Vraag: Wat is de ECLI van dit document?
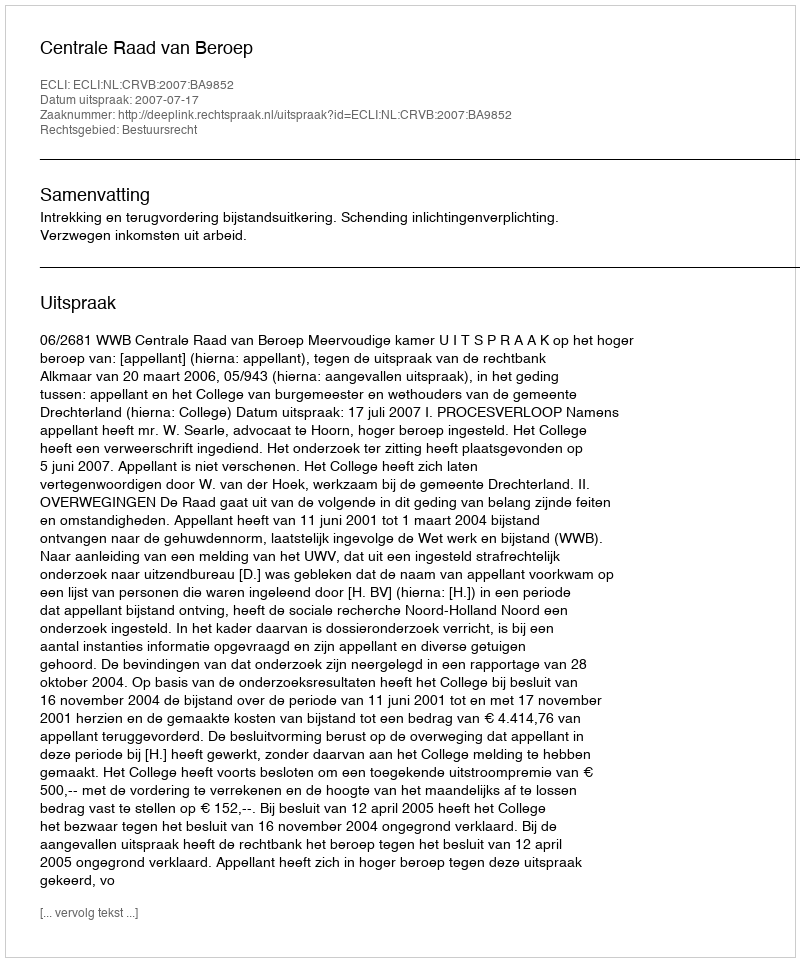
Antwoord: ECLI:NL:CRVB:2007:BA9852